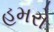
હમરો